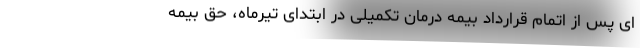
ای پس از اتمام قرارداد بیمه درمان تکمیلی در ابتدای تیرماه، حق بیمه